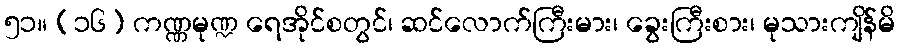
၅၁။ (၁၆) ကဏ္ဏမုဏ္ဍ ရေအိုင်စတွင်၊ ဆင်လောက်ကြီးမား၊ ခွေးကြီးစား၊ မုသားကျိန်မိ